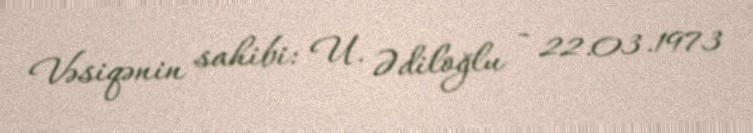
Vəsiqənin sahibi: U. Ədiloğlu - 22.03.1973